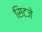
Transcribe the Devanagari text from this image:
सिटजे